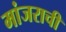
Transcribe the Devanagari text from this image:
मांजराची